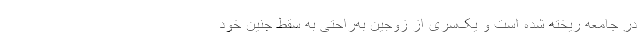
در جامعه ریخته شده است و یک‌سری از زوجین به‌راحتی به سقط جنین خود